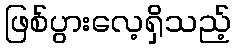
ဖြစ်ပွားလေ့ရှိသည့်